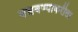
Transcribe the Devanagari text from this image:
बसवण्याकरीता